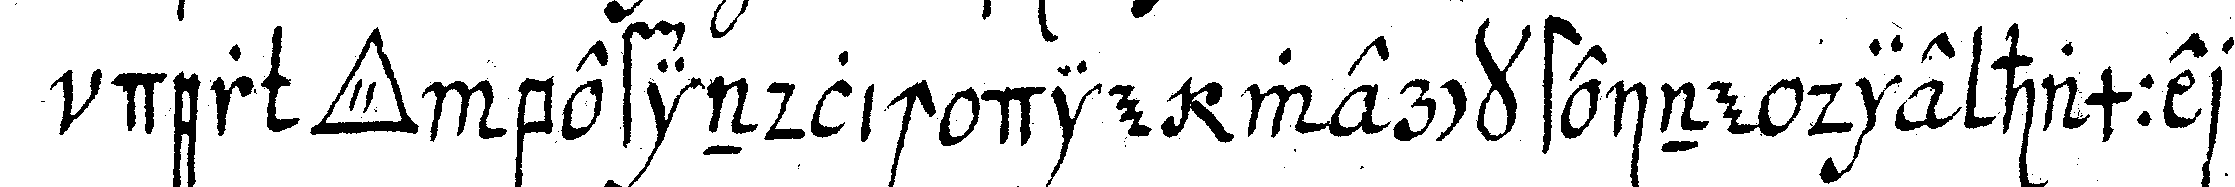
der *tri..* befindlich die wercksteine die hammer